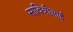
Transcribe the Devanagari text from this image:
सावित्रीआई